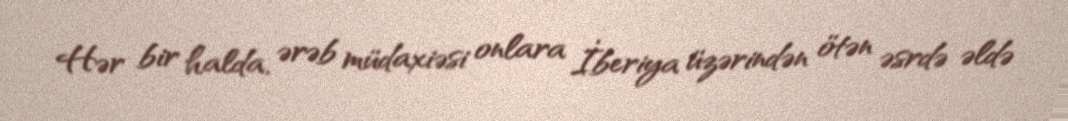
Hər bir halda, ərəb müdaxiəsi onlara İberiya üzərindən ötən əsrdə əldə